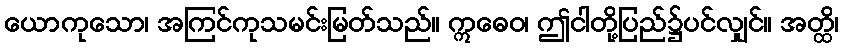
ယောကုသော၊ အကြင်ကုသမင်းမြတ်သည်။ ဣဓေဝ၊ ဤငါတို့ပြည်၌ပင်လျှင်။ အတ္ထိ၊